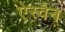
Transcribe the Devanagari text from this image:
ऐस्वैन